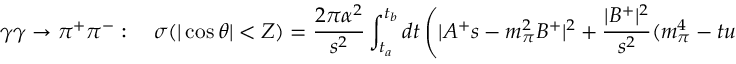
\gamma \gamma \rightarrow \pi ^ { + } \pi ^ { - } : \quad \sigma ( | \cos \theta | < Z ) = { \frac { 2 \pi \alpha ^ { 2 } } { s ^ { 2 } } } \int _ { t _ { a } } ^ { t _ { b } } d t \left( | A ^ { + } s - m _ { \pi } ^ { 2 } B ^ { + } | ^ { 2 } + { \frac { | B ^ { + } | ^ { 2 } } { s ^ { 2 } } } ( m _ { \pi } ^ { 4 } - t u ) \right)